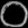
Digit: ၀